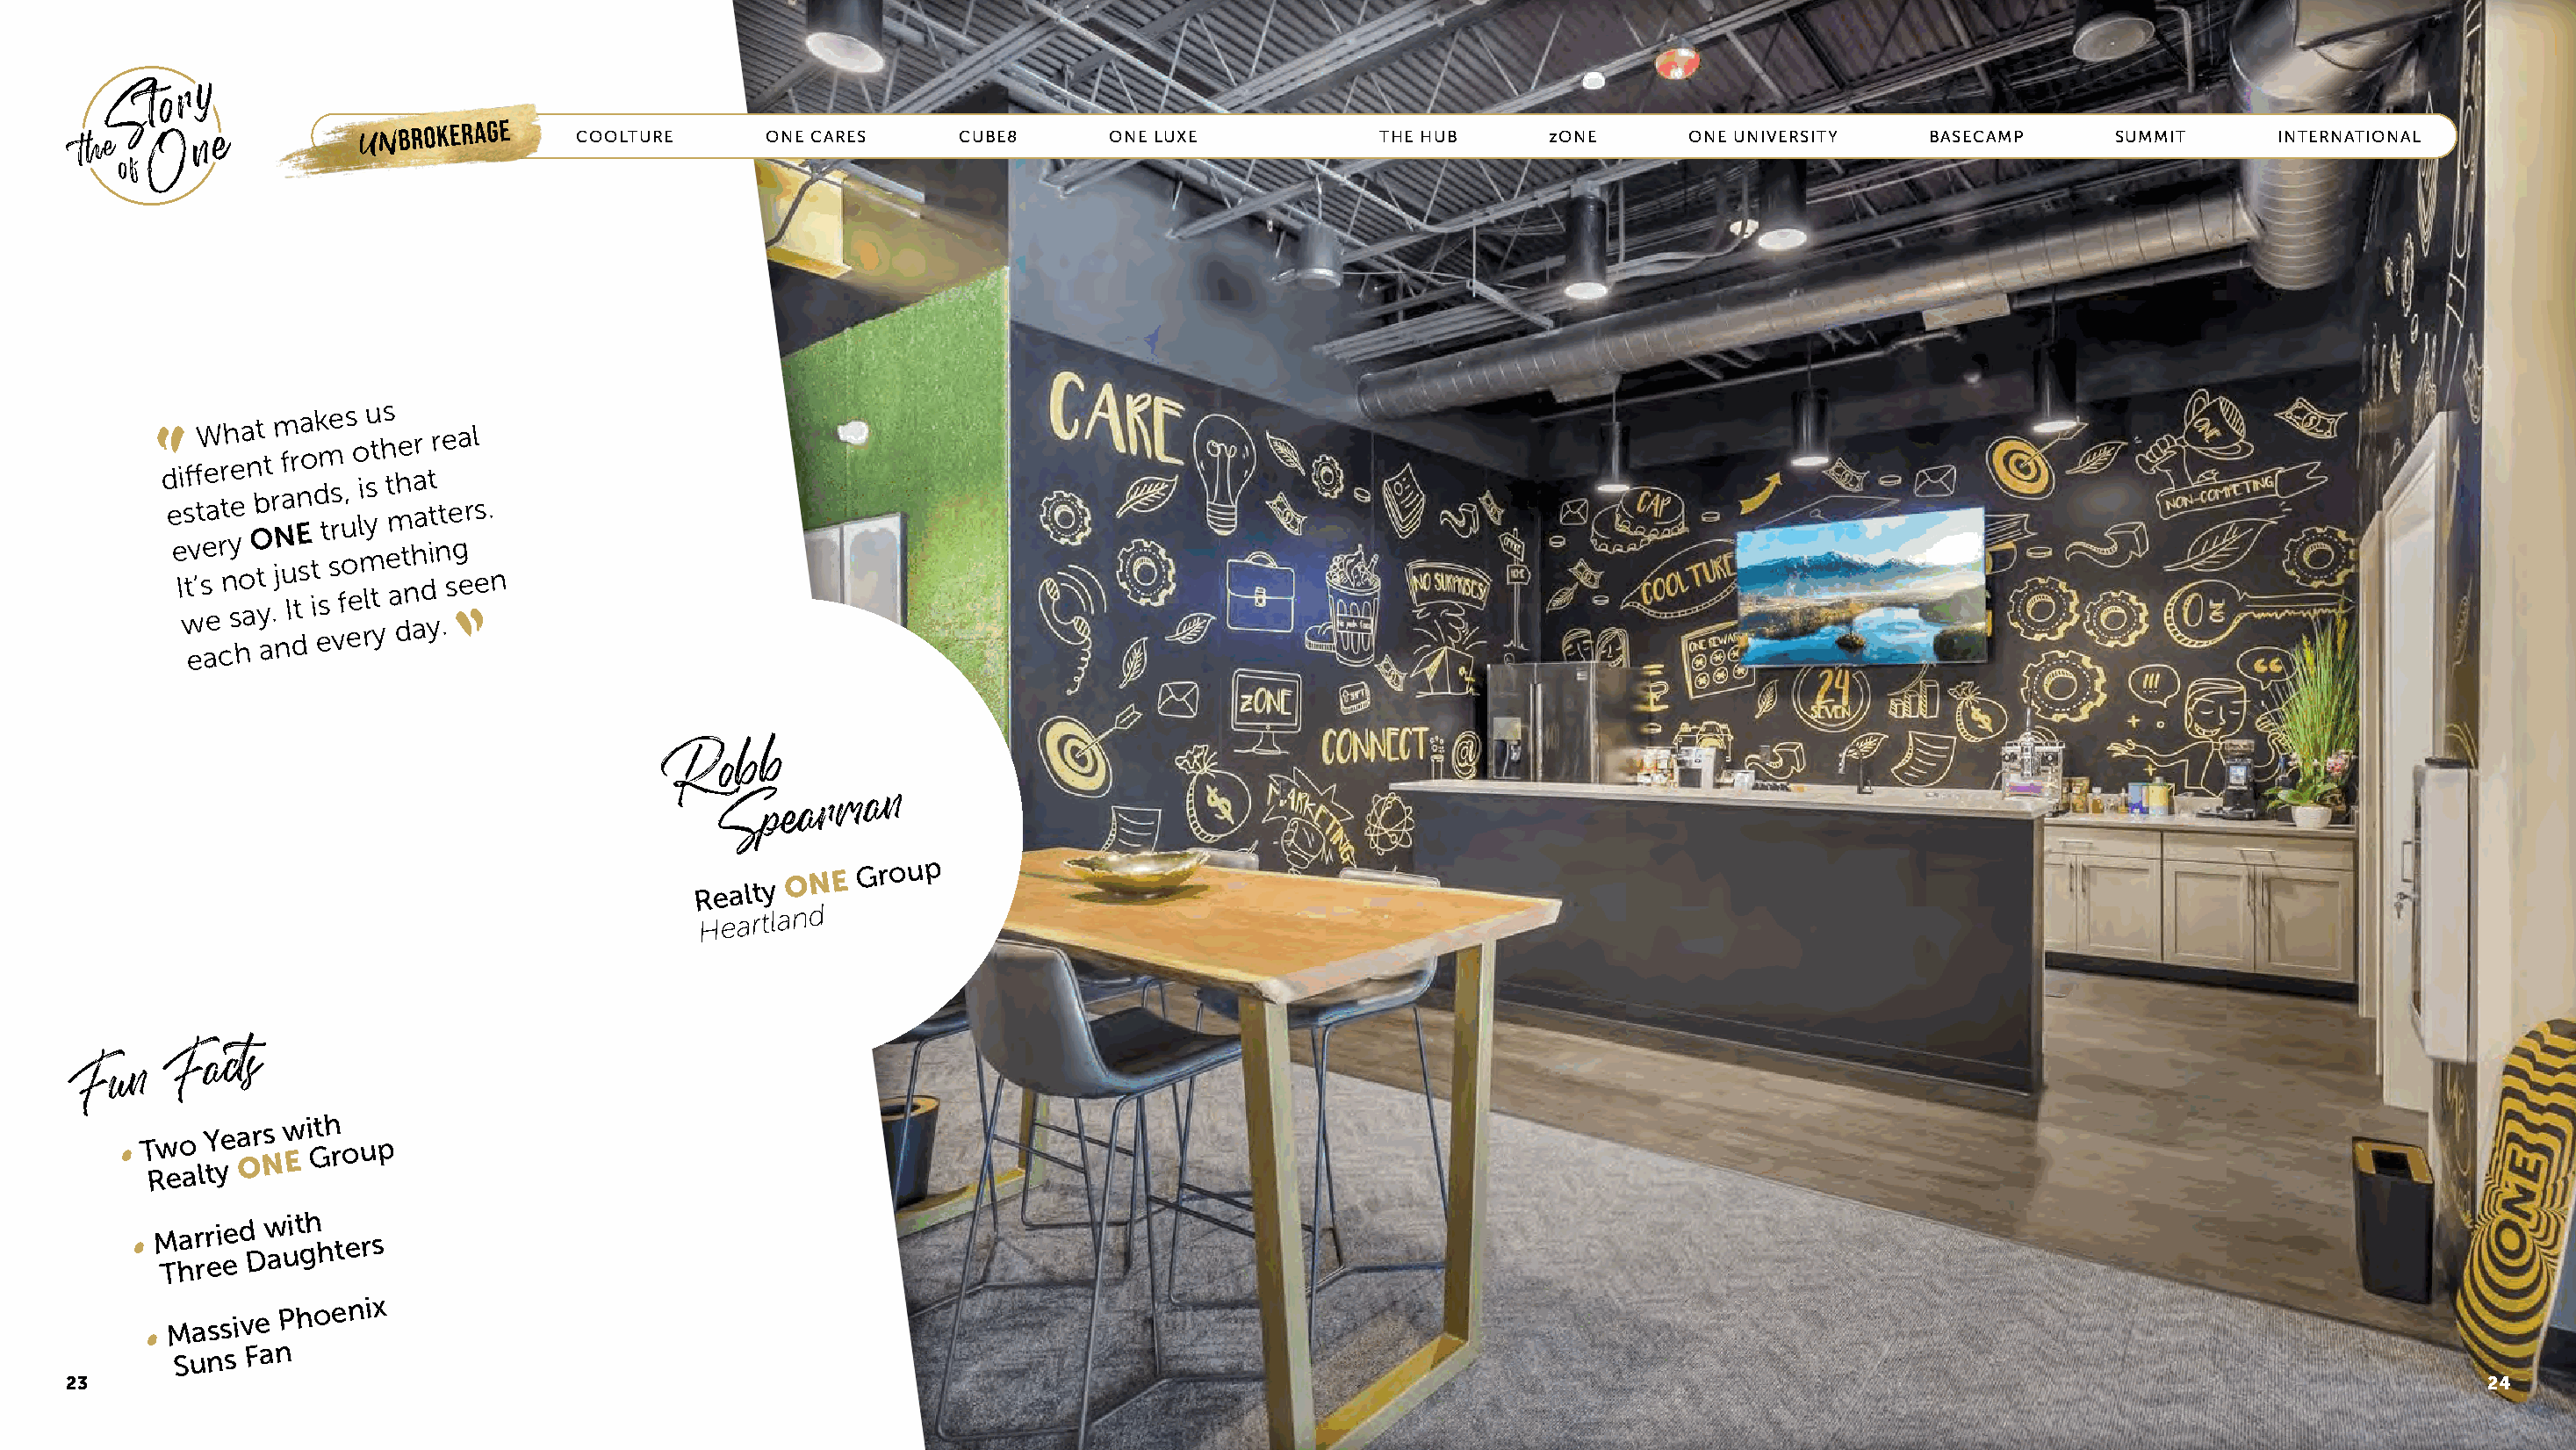
UNBROKERAGE      COOLTURE       ONE CARES     CUBE8       ONE LUXE            THE HUB      zONE      ONE UNIVERSITY    BASECAMP       SUMMIT      INTERNATIONAL
 “ d
 e
 e
 Ii
 ws
 tff
 ev
 ’tW
 se
 ae
 ea
 r
 cr
 t
 n
 h
 y
 see hoa
 a
 n
 O
 bt
 t
 y
 at .rm
 jN
 n
 uf a Ir dtEn sa o
 t
 i
 dk esm
 t
 se rs
 vfu
 o, s
 ee
 o
 l
 i
 m
 rlysu t
 t
 y
 h s et
 m
 a
 dh e
 t nh
 aar
 a
 d
 yt itr
 n
 t
 .e
 se
 ga
 er
 l
 es .
 n
 R    o b b
 S   p e a r m a n
 Realty
 ONE
 Group
 Heartland
 F  a c t s
 F   u n
 •
 T Rw eo
 a
 lY tye a Or Ns w
 E
 i Gth roup
 • M Thar rr ei ee d
 D
 w auit gh hters
 •
 Massive
 Phoenix
 Suns
 Fan
 23                                                                                                                                                                                     24
 “